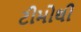
ટીમોથી